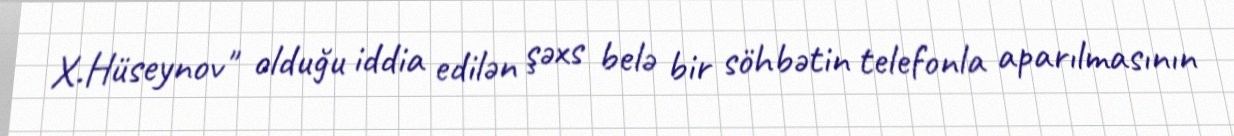
X.Hüseynov" olduğu iddia edilən şəxs belə bir söhbətin telefonla aparılmasının